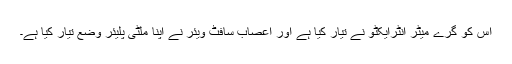
اس کو گرے میٹر انٹرایکٹو نے تیار کیا ہے اور اعصاب سافٹ ویئر نے اپنا ملٹی پلیئر وضع تیار کیا ہے۔